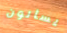
يسألون